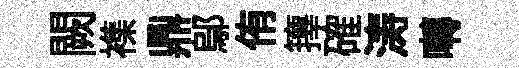
闕襍鼎鄔侑籜確涛囀